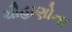
ચૌહાણોના